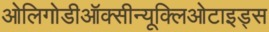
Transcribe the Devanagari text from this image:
ओलिगोडीऑक्सीन्यूक्लिओटाइड्स